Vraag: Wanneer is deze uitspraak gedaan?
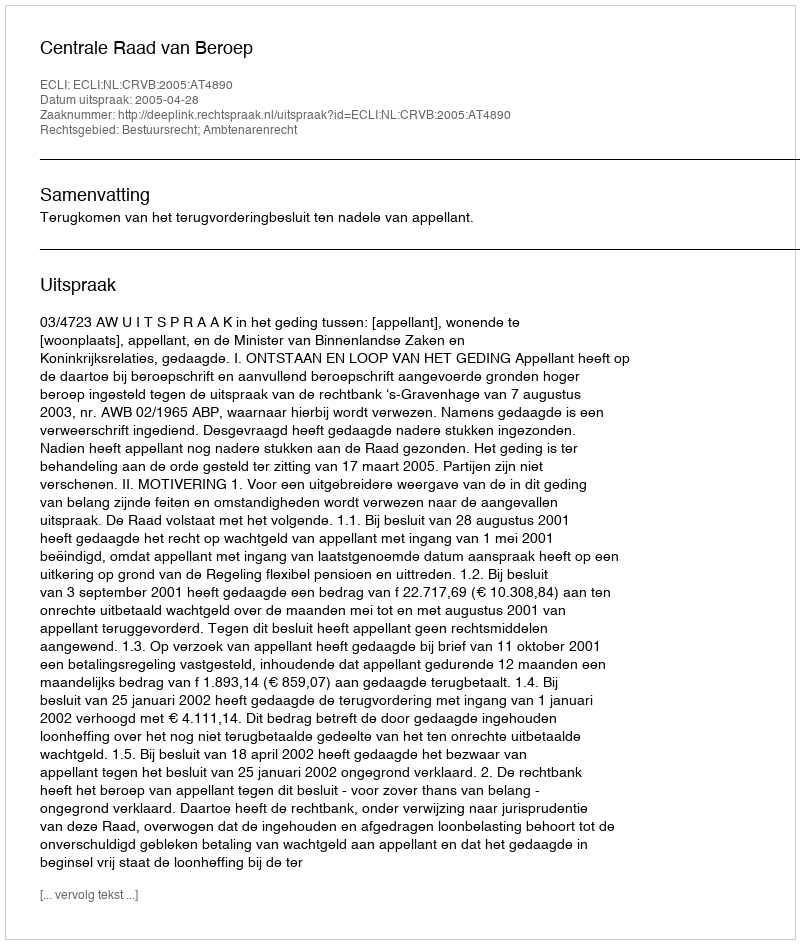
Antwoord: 2005-04-28